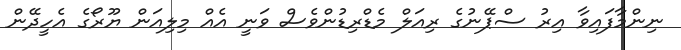
ނިންމާފައިވާ އިރު ސްޕޭނުގެ ރިއަލް މެޑްރިޑުންވެސް ވަނީ އެއް މިލިއަން ޔޫރޯގެ އެހީދޭން